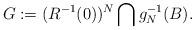
LaTeX: \begin{align*} G := ( R^{-1}(0) )^N \bigcap g_N^{-1}(B).\end{align*}